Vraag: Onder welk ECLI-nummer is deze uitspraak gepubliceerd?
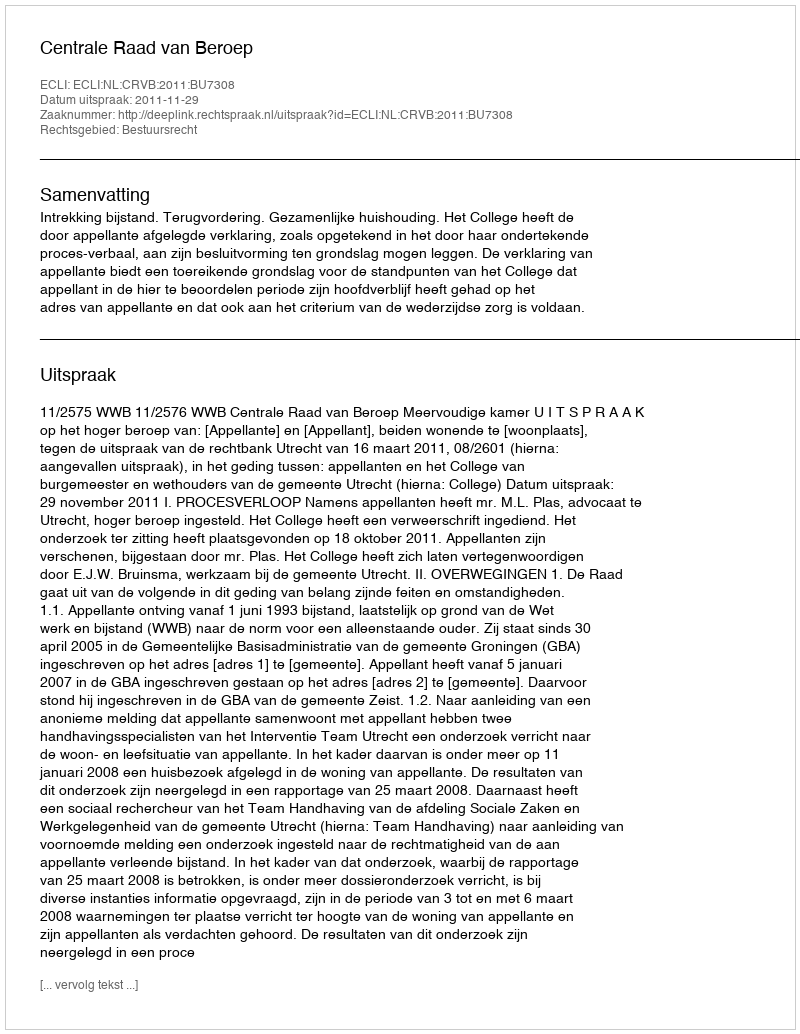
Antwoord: ECLI:NL:CRVB:2011:BU7308